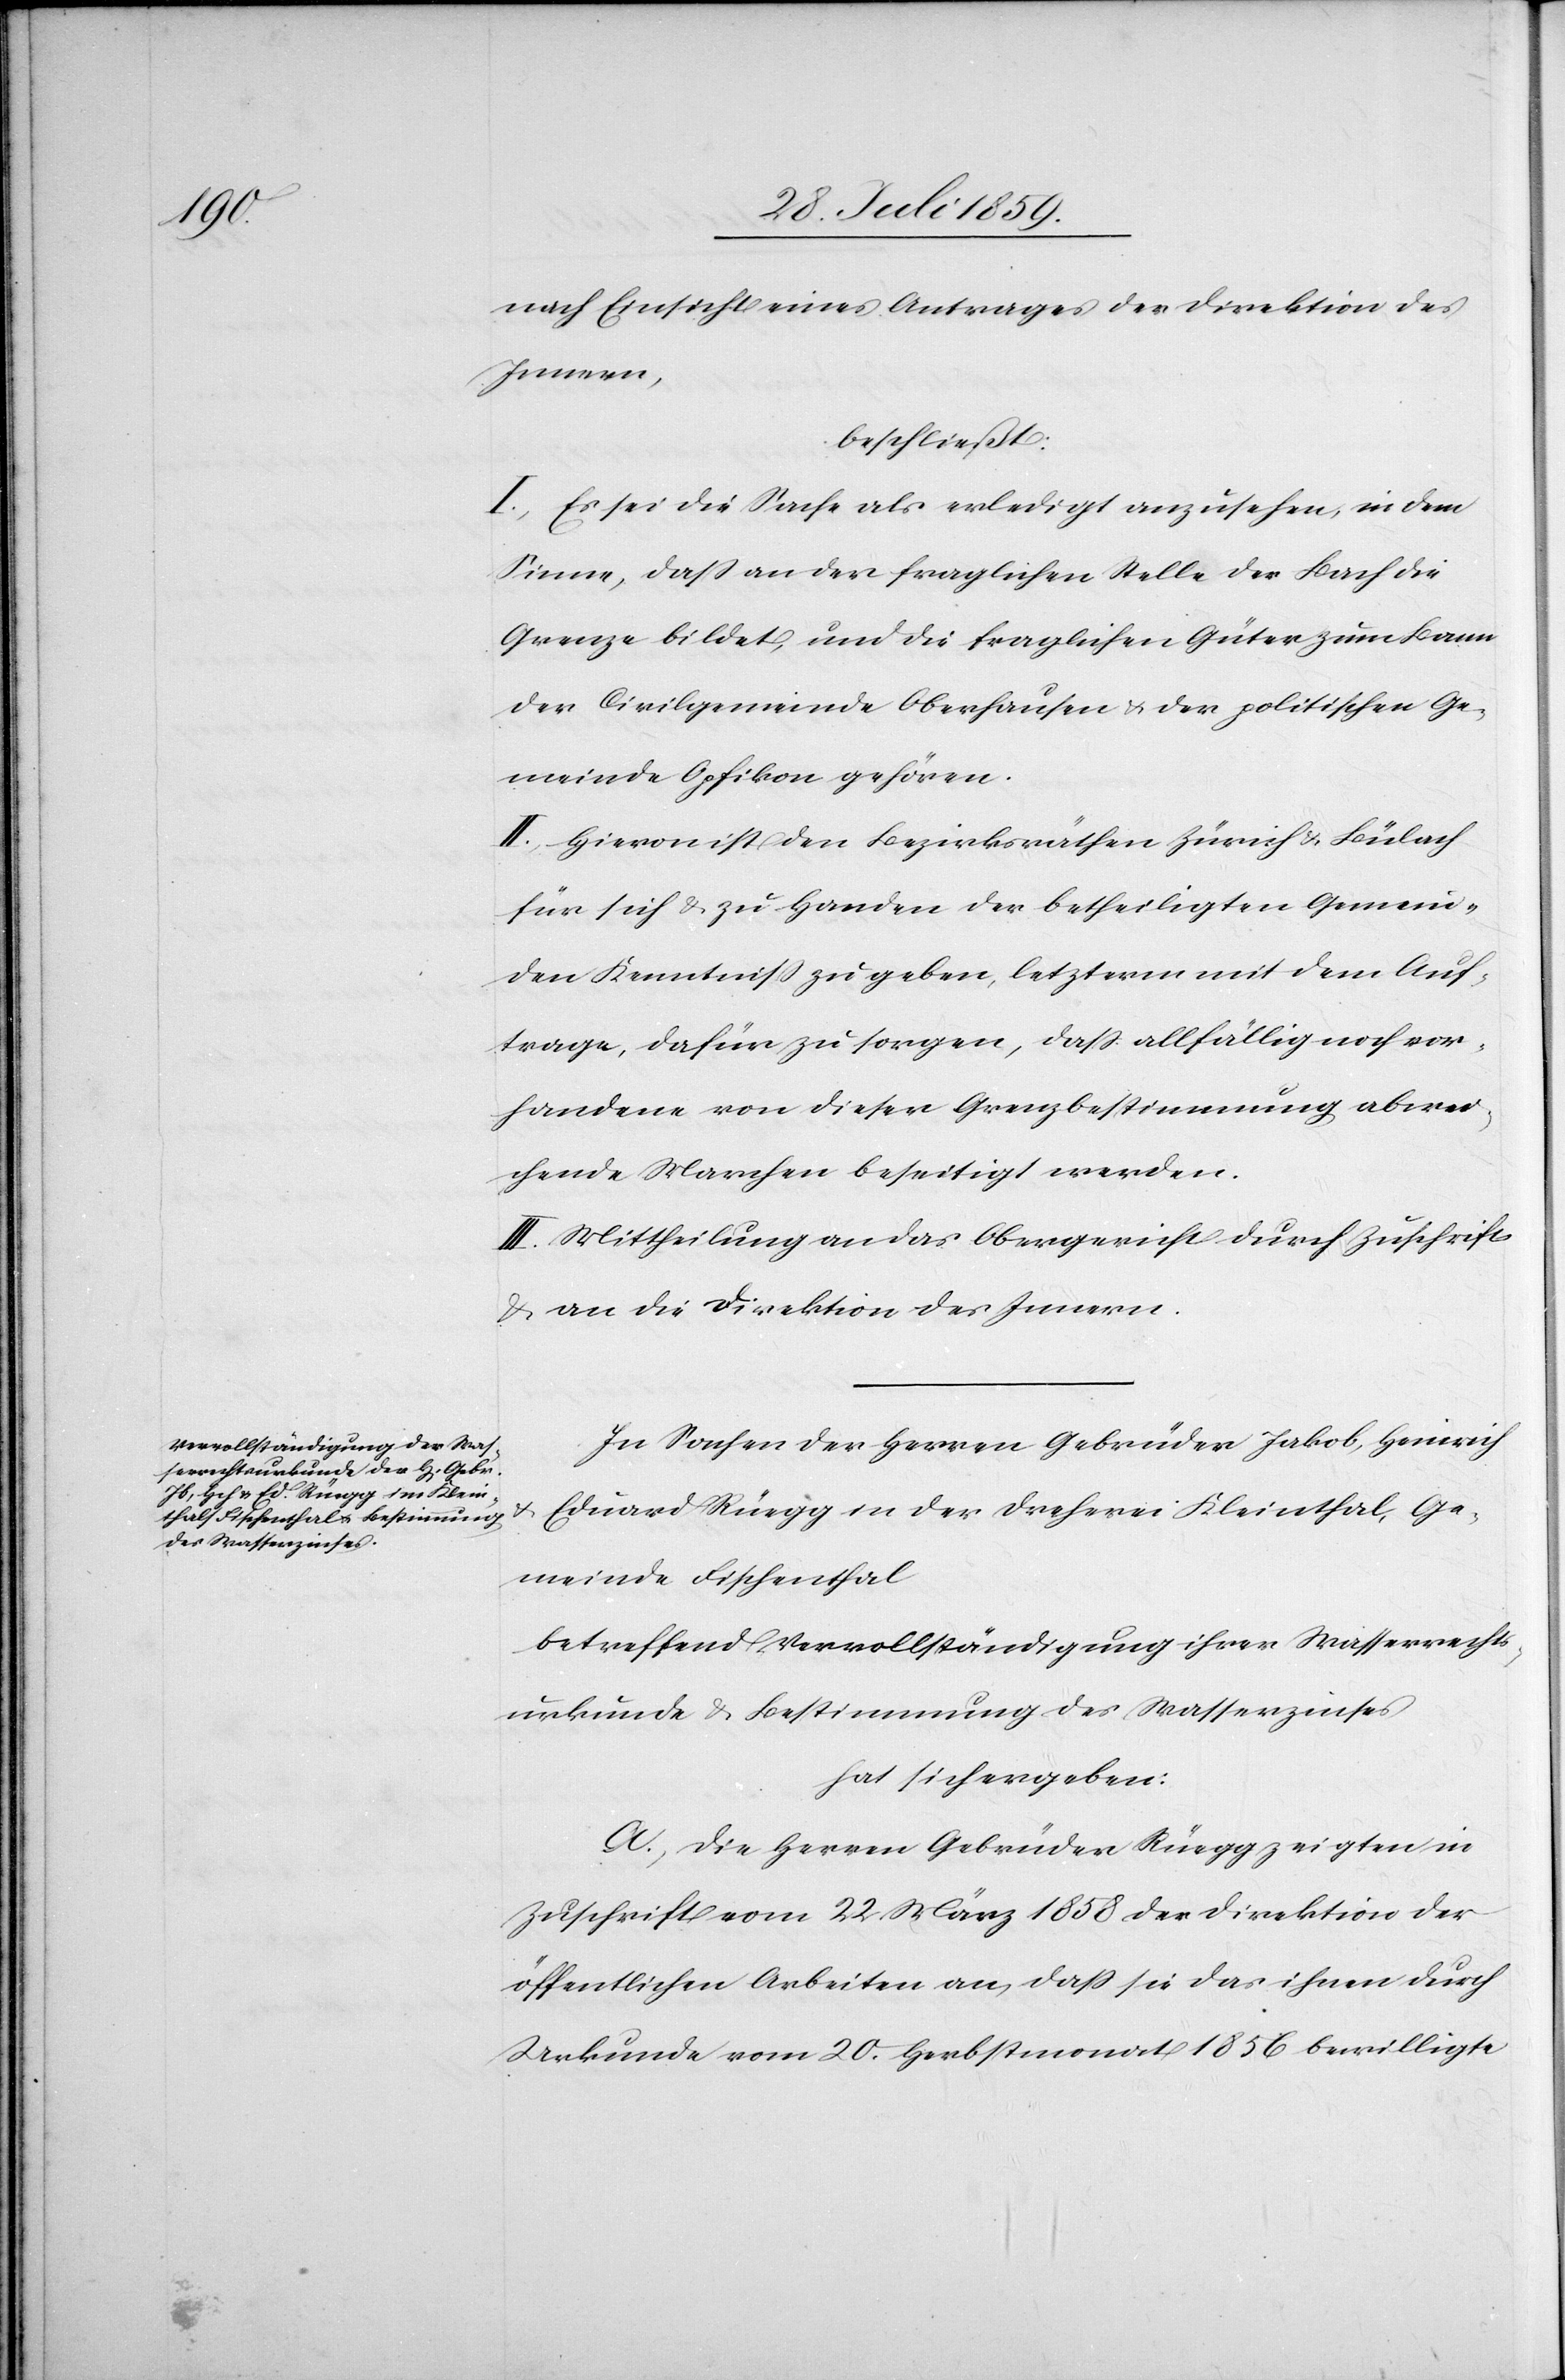
nach Einsicht eines Antrages der Direktion des
Innern,
beschließt:
I. Es sei die Sache als erledigt anzusehen, in dem
Sinne, daß an der fraglichen Stelle der Bach die
Grenze bildet, und die fraglichen Güter zum Bann
der Civilgemeinde Oberhausen u. der politischen Ge¬
meinde Opfikon gehören.
II. Hievon ist den Bezirksräthen Zürich u. Bülach
für sich u. zu Handen der betheiligten Gemein¬
den Kenntniß zu geben, letzterm mit dem Auf¬
trage, dafür zu sorgen, daß allfällig noch vor¬
handene von dieser Grenzbestimmung abwei¬
chende Marchen beseitigt werden.
III. Mittheilung an das Obergericht durch Zuschrift
u. an die Direktion des Innern.
In Sachen der Herren Gebrüder Jakob, Heinrich
Eduard Rüegg in der Dreherei Kleinthal, Ge¬
meinde Fischenthal
betreffend Vervollständigung ihrer Wasserrechts¬
urkunde u. Bestimmung des Wasserzinses
hat sich ergeben:
A. Die Herren Gebrüder Rüegg zeigten in
Zuschrift vom 22 März 1858 der Direktion der
öffentlichen Arbeiten an, daß sie das ihnen durch
Urkunde vom 20. Herbstmonat 1856 bewilligte